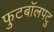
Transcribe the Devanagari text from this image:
फुटबॉलपटु